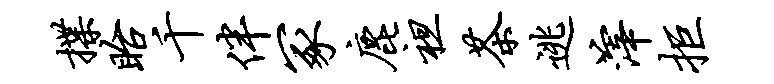
揲眙千伴冢鹿袒茶逃滓拒